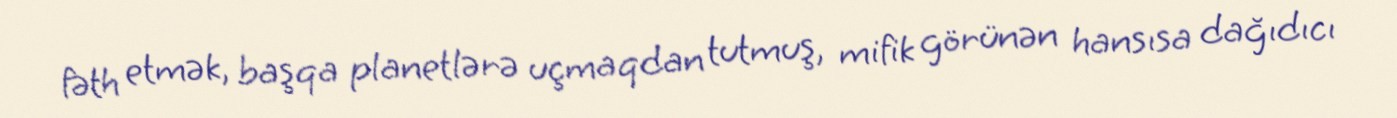
fəth etmək, başqa planetlərə uçmaqdan tutmuş, mifik görünən hansısa dağıdıcı